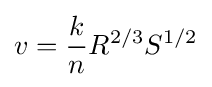
v={k \over n}R^{2/3}S^{1/2}